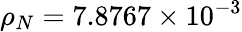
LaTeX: \rho_{N}=7.8767\times 10^{-3}